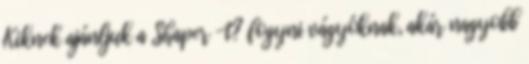
Kiknek ajánljuk a Shaper -t? fogyni vágyóknak, akár nagyobb